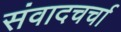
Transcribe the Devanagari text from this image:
संवादचर्चा